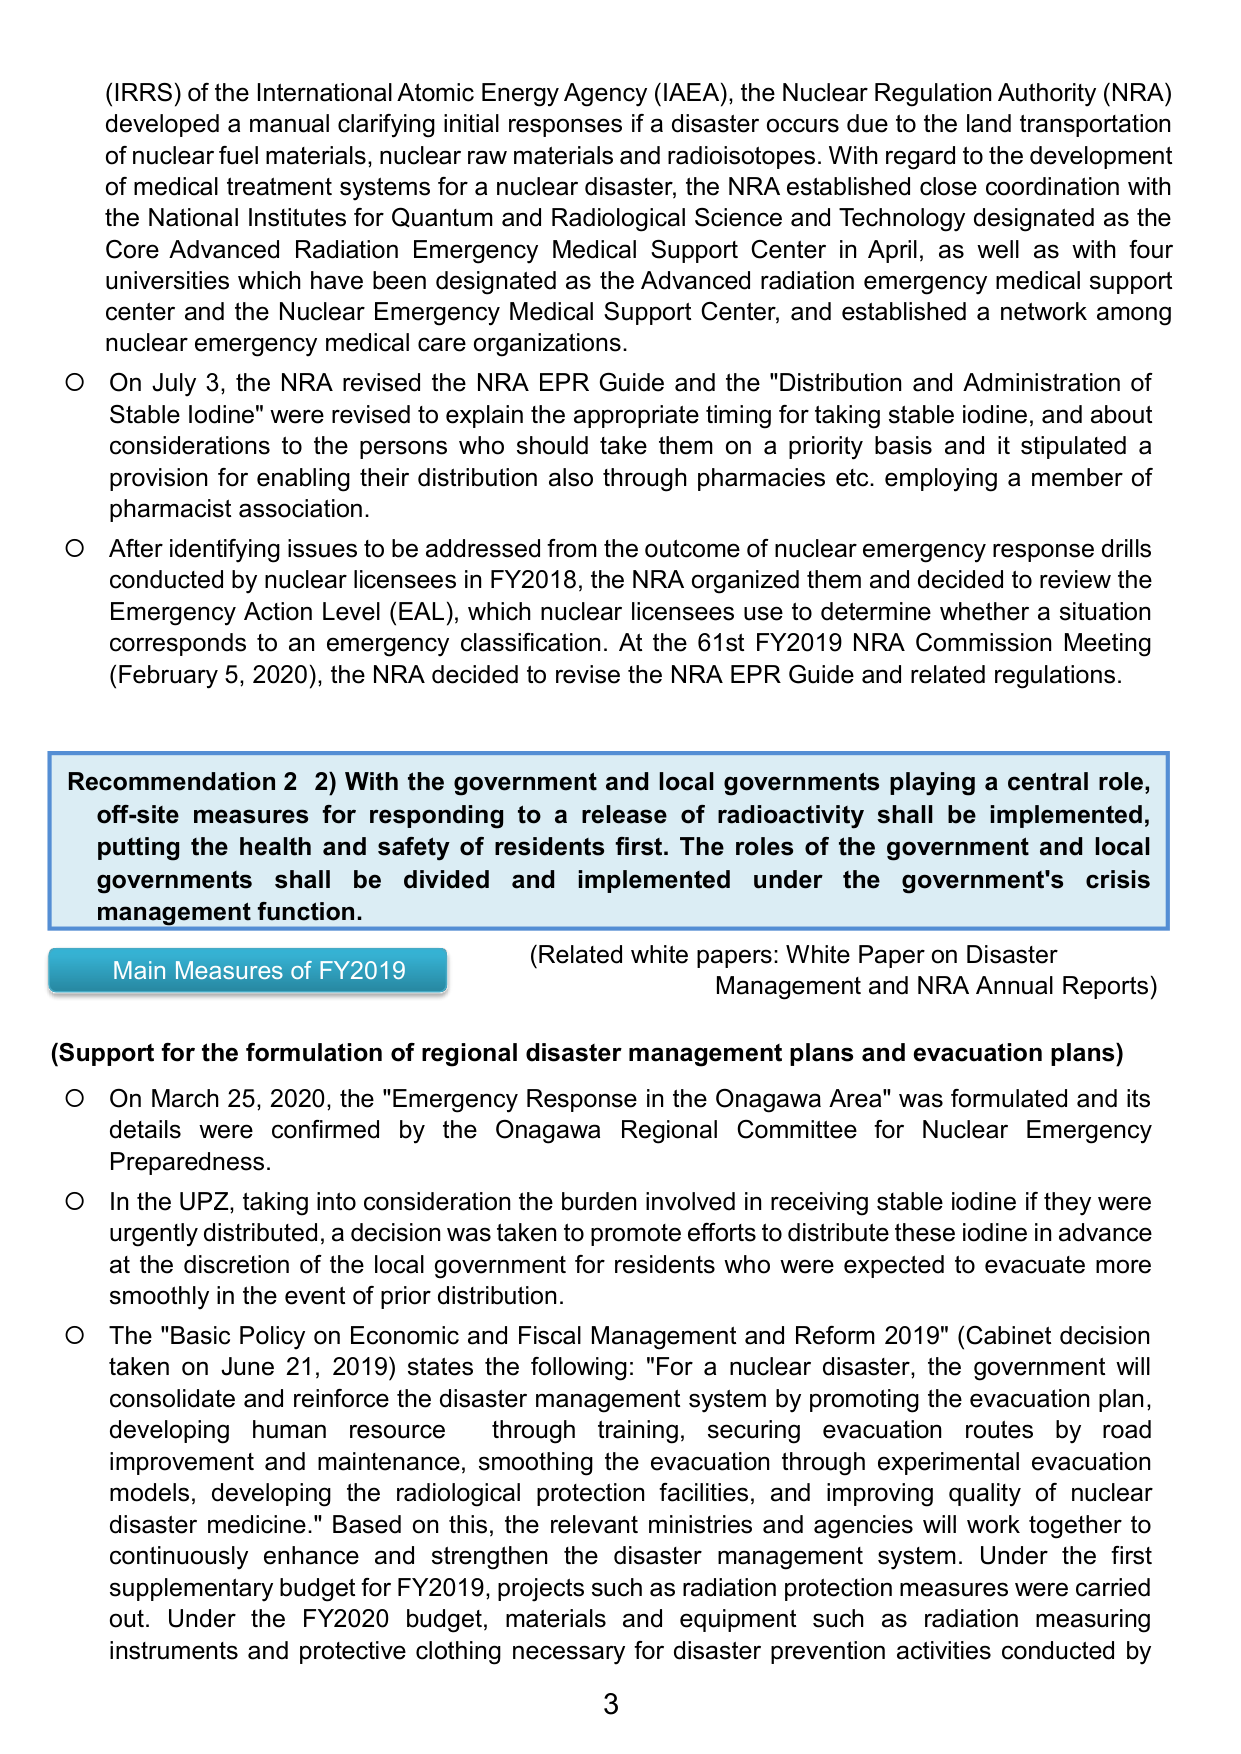
(IRS) of the International Atomic Energy Agency (IAEA), the Nuclear Regulation Authority (NRA) developed a manual clarifying initial responses if a disaster occurs due to the land transportation of nuclear fuel materials, nuclear raw materials and radioisotopes. With regard to the development of medical treatment systems for a nuclear disaster, the NRA established close coordination with the National Institutes for Quantum and Radiological Science and Technology designated as the Core Advanced Radiation Emergency Medical Support Center in April, as well as with four universities which have been designated as the Advanced radiation emergency medical support center and the Nuclear Emergency Medical Support Center, and established a network among nuclear emergency medical care organizations.

○ On July 3, the NRA revised the NRA EPR Guide and the "Distribution and Administration of Stable Iodine" were revised to explain the appropriate timing for taking stable iodine, and about considerations to the persons who should take them on a priority basis and it stipulated a provision for enabling their distribution also through pharmacies etc. employing a member of pharmacist association.

○ After identifying issues to be addressed from the outcome of nuclear emergency response drills conducted by nuclear licensees in FY2018, the NRA organized them and decided to review the Emergency Action Level (EAL), which nuclear licensees use to determine whether a situation corresponds to an emergency classification. At the 61st FY2019 NRA Commission Meeting (February 5, 2020), the NRA decided to revise the NRA EPR Guide and related regulations.

Recommendation 2 2) With the government and local governments playing a central role, off-site measures for responding to a release of radioactivity shall be implemented, putting the health and safety of residents first. The roles of the government and local governments shall be divided and implemented under the government's crisis management function.

Main Measures of FY2019
(Related white papers: White Paper on Disaster Management and NRA Annual Reports)

(Support for the formulation of regional disaster management plans and evacuation plans)

○ On March 25, 2020, the "Emergency Response in the Onagawa Area" was formulated and its details were confirmed by the Onagawa Regional Committee for Nuclear Emergency Preparedness.

○ In the UPZ, taking into consideration the burden involved in receiving stable iodine if they were urgently distributed, a decision was taken to promote efforts to distribute these iodine in advance at the discretion of the local government for residents who were expected to evacuate more smoothly in the event of prior distribution.

○ The "Basic Policy on Economic and Fiscal Management and Reform 2019" (Cabinet decision taken on June 21, 2019) states the following: "For a nuclear disaster, the government will consolidate and reinforce the disaster management system by promoting the evacuation plan, developing human resource through training, securing evacuation routes by road improvement and maintenance, smoothing the evacuation through experimental evacuation models, developing the radiological protection facilities, and improving quality of nuclear disaster medicine." Based on this, the relevant ministries and agencies will work together to continuously enhance and strengthen the disaster management system. Under the first supplementary budget for FY2019, projects such as radiation protection measures were carried out. Under the FY2020 budget, materials and equipment such as radiation measuring instruments and protective clothing necessary for disaster prevention activities conducted by

3